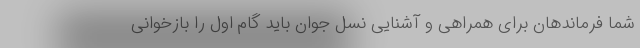
شما فرماندهان برای همراهی و آشنایی نسل جوان باید گام اول را بازخوانی